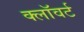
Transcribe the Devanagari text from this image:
क्लॉवर्ट